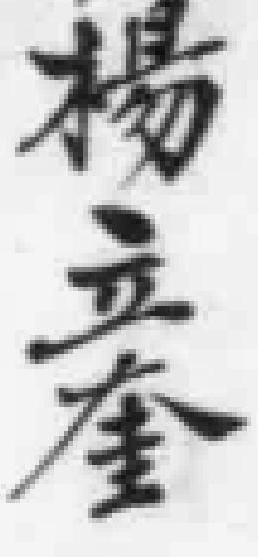
楊立奎